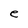
Character: e